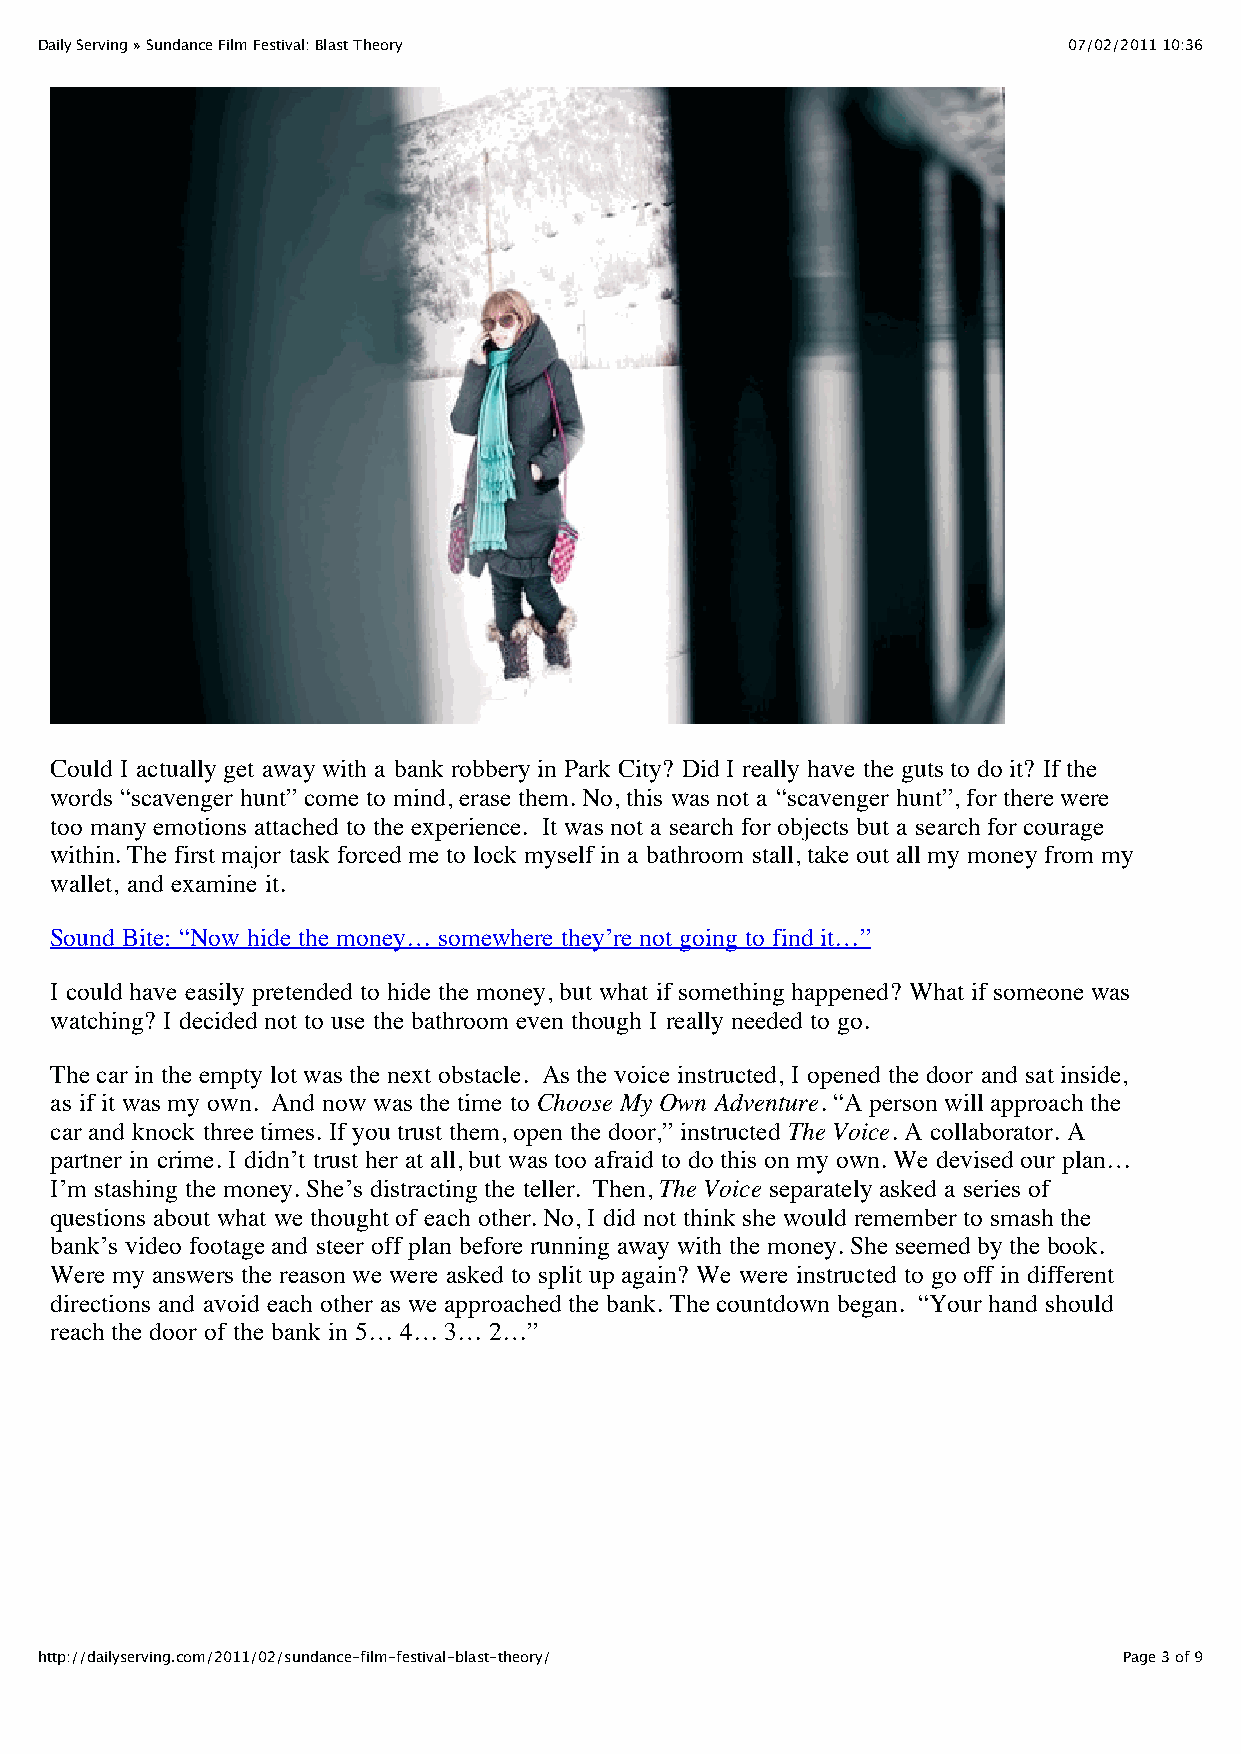
Daily Serving » Sundance Film Festival: Blast Theory                 07/02/2011 10:36
 Could I actually get away with a bank robbery in Park City? Did I really have the guts to do it? If the
 words “scavenger hunt” come to mind, erase them. No, this was not a “scavenger hunt”, for there were
 too many emotions attached to the experience. It was not a search for objects but a search for courage
 within. The first major task forced me to lock myself in a bathroom stall, take out all my money from my
 wallet, and examine it.
 Sound Bite: “Now hide the money… somewhere they’re not going to find it…”
 I could have easily pretended to hide the money, but what if something happened? What if someone was
 watching? I decided not to use the bathroom even though I really needed to go.
 The car in the empty lot was the next obstacle. As the voice instructed, I opened the door and sat inside,
 as if it was my own. And now was the time to Choose My Own Adventure. “A person will approach the
 car and knock three times. If you trust them, open the door,” instructed The Voice. A collaborator. A
 partner in crime. I didn’t trust her at all, but was too afraid to do this on my own. We devised our plan…
 I’m stashing the money. She’s distracting the teller. Then, The Voice separately asked a series of
 questions about what we thought of each other. No, I did not think she would remember to smash the
 bank’s video footage and steer off plan before running away with the money. She seemed by the book.
 Were my answers the reason we were asked to split up again? We were instructed to go off in different
 directions and avoid each other as we approached the bank. The countdown began. “Your hand should
 reach the door of the bank in 5… 4… 3… 2…”
 http://dailyserving.com/2011/02/sundance-film-festival-blast-theory/    Page 3 of 9